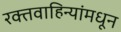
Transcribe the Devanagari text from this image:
रक्तवाहिन्यांमधून